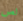
لص